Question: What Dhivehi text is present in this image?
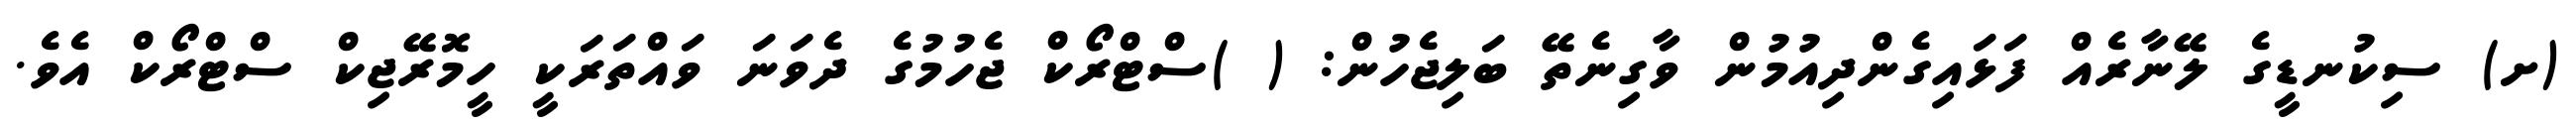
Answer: (ށ) ސިކުނޑީގެ ލޭނާރެއް ފަޅައިގެންދިއުމުން ވާގިނެތޭ ބަލިޖެހުން: ( )ސްޓްރޯކް ޖެހުމުގެ ދެވަނަ ވައްތަރަކީ ހީމޮރޭޖިކް ސްޓްރޯކް އެވެ.